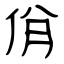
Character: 佾